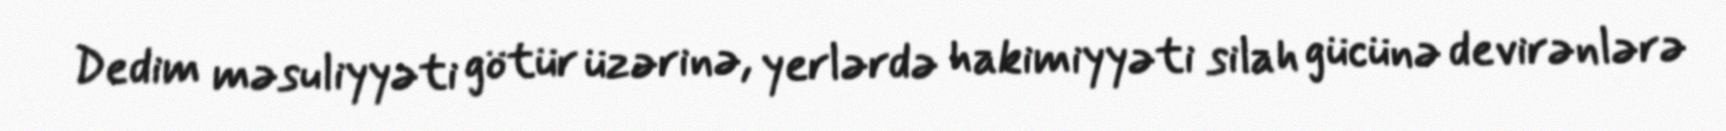
Dedim məsuliyyəti götür üzərinə, yerlərdə hakimiyyəti silah gücünə devirənlərə